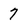
Character: 7